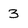
Character: 3